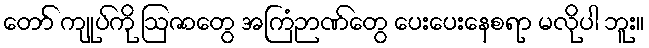
တော် ကျုပ်ကို ဩဇာတွေ အကြံဉာဏ်တွေ ပေးပေးနေစရာ မလိုပါ ဘူး။